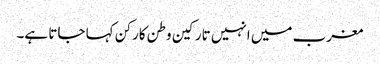
مغرب میں انہیں تارکین وطن کارکن کہا جاتا ہے۔